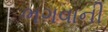
ભગવાની